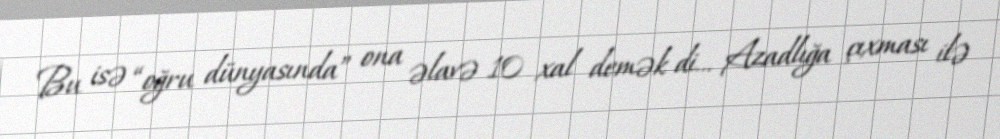
Bu isə “oğru dünyasında” ona əlavə 10 xal demək di... Azadlığa çıxması ilə